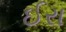
ઈરા